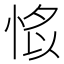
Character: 𢜁